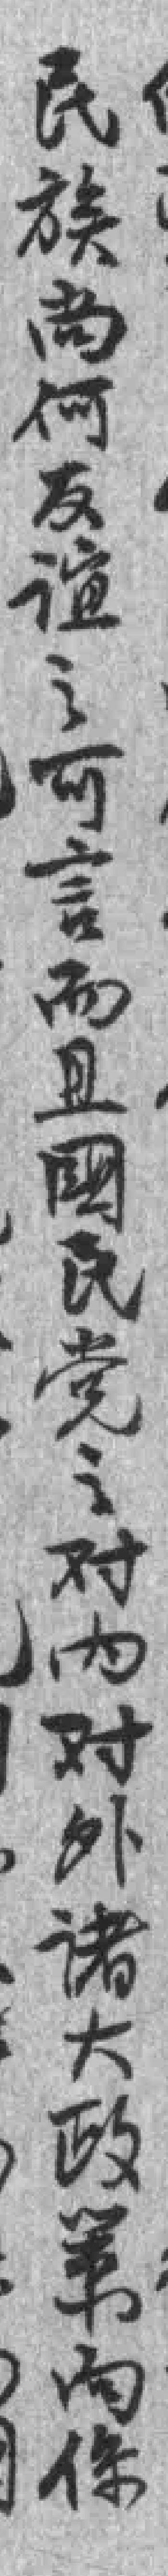
民族尚何友谊之可言而且國民党之对内对外诸大政策向保